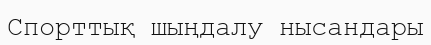
Спорттық шыңдалу нысандары